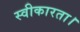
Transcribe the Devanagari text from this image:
स्वीकारता।